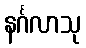
နင်္ဂလာသု